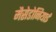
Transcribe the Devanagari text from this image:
मैसेडोनियाई